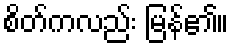
စိတ်ကလည်း မြန်၏။